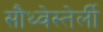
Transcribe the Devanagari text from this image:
सौथ्वेस्तेर्ली